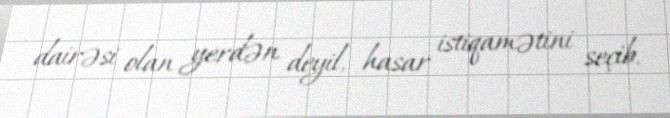
dairəsi olan yerdən deyil, hasar istiqamətini seçib.